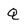
Character: Q